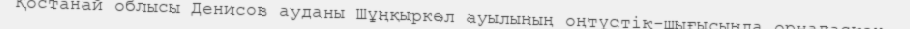
Қостанай облысы Денисов ауданы Шұңқыркөл ауылының оңтүстік-шығысында орналасқан.